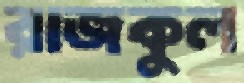
রাজকুল